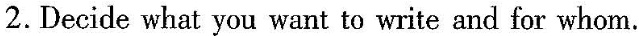
2.Decide what you want to write and for whom.